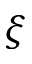
\xi